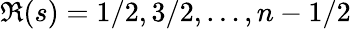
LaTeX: \Re(s)=1/2,3/2,\dots,n-1/2